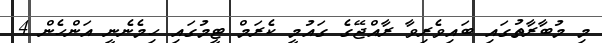
މި މުބާރާތުގައި ބައިވެރިވާ ރާއްޖޭގެ ގައުމީ ކެރަމް ޓީމުގައި ހިމެނެނީ އަންހެން 4